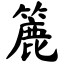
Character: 簏